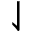
\downharpoonleft